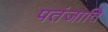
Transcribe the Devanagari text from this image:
पतंजाति